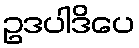
ဥဒပါဒိပေ